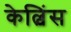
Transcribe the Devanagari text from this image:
केल्विंस